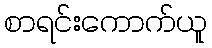
စာရင်းကောက်ယူ